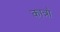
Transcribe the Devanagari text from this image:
कात्रो